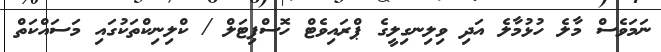
ނަމަވެސް މާލެ ހުޅުމާލެ އަދި ވިލިނގިލީގެ ޕްރައިވެޓް ހޮސްޕިޓަލް / ކްލިނިކްތަކުގައި މަސައްކަތް